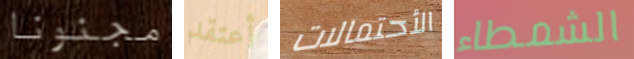
مجنونا أعتقد الأحتمالات الشمطاء